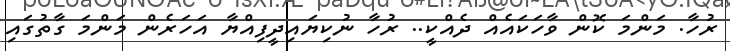
ރުހާ. މަންމަ ކޮން ވާހަކައެއް ދެއްކީ.. ރުހާ ނުކިޔައިދީފިއްޔާ އަހަރެން މަންމަ ގާތުގައި